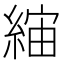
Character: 𦁖